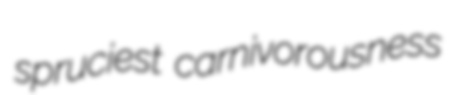
spruciest carnivorousness